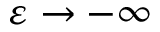
\varepsilon \to - \infty